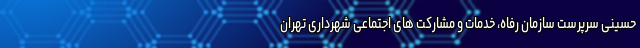
حسینی سرپرست سازمان رفاه، خدمات و مشارکت های اجتماعی شهرداری تهران